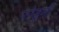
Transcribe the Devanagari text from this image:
फोडुनी